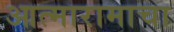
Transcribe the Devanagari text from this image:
आत्मारामाचा